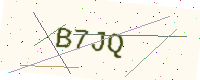
Text: B7JQ